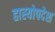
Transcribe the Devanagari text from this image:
हास्योपदेश